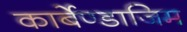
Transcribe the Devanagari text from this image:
कार्बेण्डाजिम